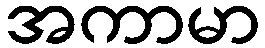
အကာမာ